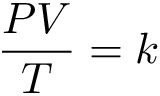
\qquad { \frac { P V } { T } } = k